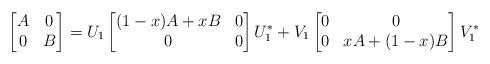
LaTeX: \begin{align*} \begin{bmatrix}A & 0 \\ 0 & B\end{bmatrix} = U_1\begin{bmatrix}(1-x)A+xB & 0 \\ 0 & 0\end{bmatrix}U_1^*+V_1\begin{bmatrix}0 & 0 \\ 0 & xA+(1-x)B\end{bmatrix}V_1^*\end{align*}